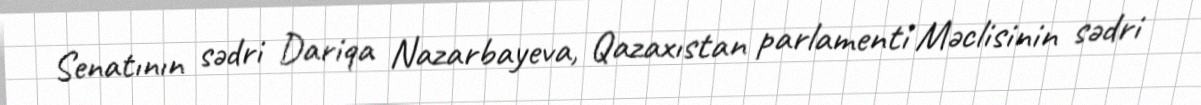
Senatının sədri Dariqa Nazarbayeva, Qazaxıstan parlamenti Məclisinin sədri